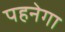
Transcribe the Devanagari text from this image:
पहनेगा